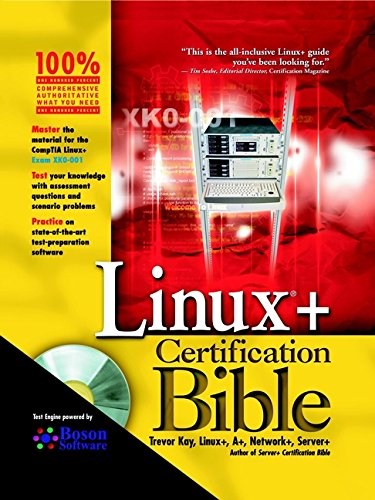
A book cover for LinuxÃE+ Certification Bible; Trevor Kay; Computers & Technology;